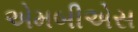
એમબીએસ